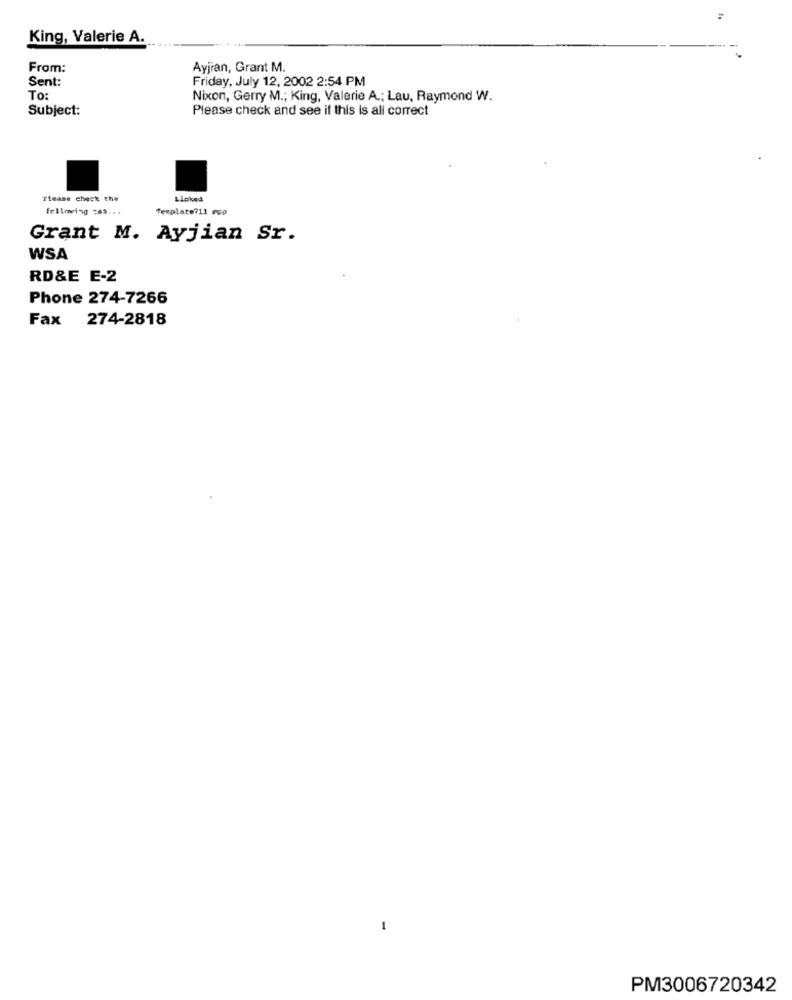
King, Valerie A.
From:
Ayjian, Grant M.
Sent:
Friday, July 12, 2002 2:54 PM
To:
Nixon, Gerry M .; King, Valerie A .; Lau, Raymond W.
Subject:
Please check and see if this is all correct
Please check the
Linked
following zas ...
Template711 rop
Grant M. Ayjian Sr.
WSA
RD&E E-2
Phone 274-7266
Fax 274-2818
PM3006720342